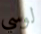
لوسي